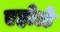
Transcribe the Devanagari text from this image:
एहोळे